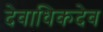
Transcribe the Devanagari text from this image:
देवाधिकदेव